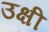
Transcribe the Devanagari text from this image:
उक्षी